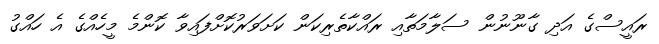
ރައީސްގެ އަދި ގާނޫނުން ސަލާމަތާއި ރައްކާތެރިކަން ކަށަވަރުކޮށްފައިވާ ކޮންމެ މީހެއްގެ އެ ހައްގު